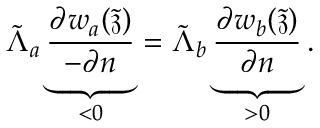
\tilde { \Lambda } _ { a } \underbrace { \frac { \partial w _ { a } ( \tilde { \mathfrak { z } } ) } { - \partial \boldsymbol { n } } } _ { < 0 } = \tilde { \Lambda } _ { b } \underbrace { \frac { \partial w _ { b } ( \tilde { \mathfrak { z } } ) } { \partial \boldsymbol { n } } } _ { > 0 } .